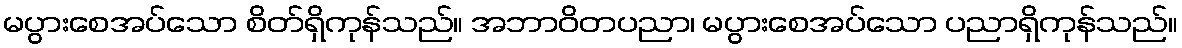
မပွားစေအပ်သော စိတ်ရှိကုန်သည်။ အဘာဝိတပညာ၊ မပွားစေအပ်သော ပညာရှိကုန်သည်။